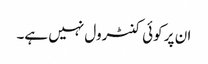
ان پر کوئی کنٹرول نہیں ہے۔